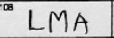
Transcription: LMA